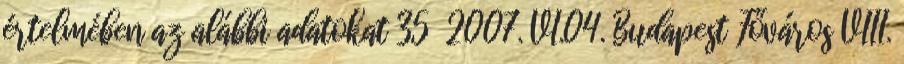
értelmében az alábbi adatokat 35 2007. VI.04. Budapest Főváros VIII.